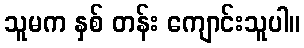
သူမက နှစ် တန်း ကျောင်းသူပါ။